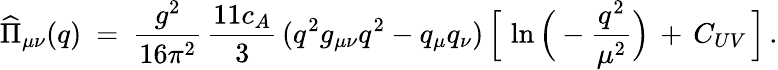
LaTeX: \widehat{\Pi}_{\mu\nu}(q)\ =\ \frac{g^{2}}{16\pi^{2}}\, \frac{11c_{A}}{3}\, (q^{2}g_{\mu\nu}q^{2}-q_{\mu}q_{\nu})\, \Big[\, \ln\Big(-\frac{q^{2}}{\mu^{2}}\Big)\, +\, C_{UV}\, \Big]\, .